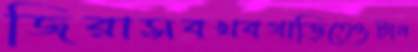
জিরাসবখবগাড়িতেওটান